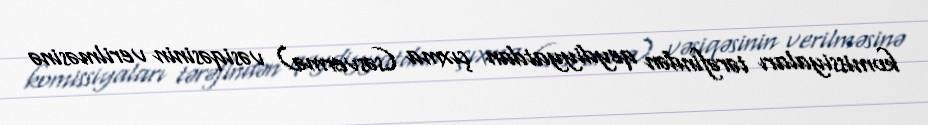
komissiyaları tərəfindən qeydiyyatdan çıxma (səsvermə) vəsiqəsinin verilməsinə